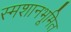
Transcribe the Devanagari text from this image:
स्मशानभूमित